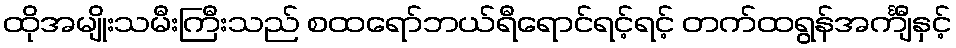
ထိုအမျိုးသမီးကြီးသည် စထရော်ဘယ်ရီရောင်ရင့်ရင့် တက်ထရွန်အင်္ကျီနှင့်